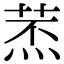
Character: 𦱷